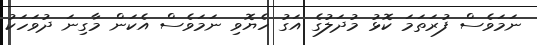
ނަމަވެސް ފުރަތަމަ ކޮޅު މުދަލުގެ އަގު ހެޔޮވި ނަމަވެސް އެކަން މާގިނަ ދުވަހަކު